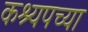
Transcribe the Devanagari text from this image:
कश्यपच्या